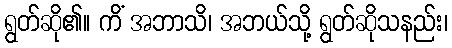
ရွတ်ဆို၏။ ကိံ အဘာသိ၊ အဘယ်သို့ ရွတ်ဆိုသနည်း၊